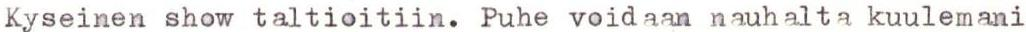
Kyseinen show taltioitiin. Puhe voidaan nauhalta kuulemani